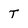
Character: T